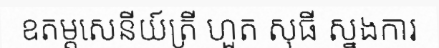
ឧតម្តសេនីយ៍ត្រី ហួត សុធី ស្នងការ